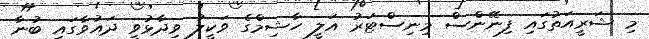
މި ޝަރީއަތުގައި ފިނޭންސް މިނިސްޓަރު އަލީ ހާޝިމްގެ ވަކީލު ވިދާޅުވީ ދައުވާގައި ބުނާ